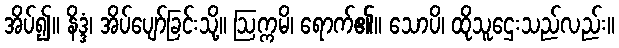
အိပ်၍။ နိဒ္ဒံ၊ အိပ်ပျော်ခြင်းသို့။ ဩက္ကမိ၊ ရောက်၏။ သောပိ၊ ထိုသူဌေးသည်လည်း။